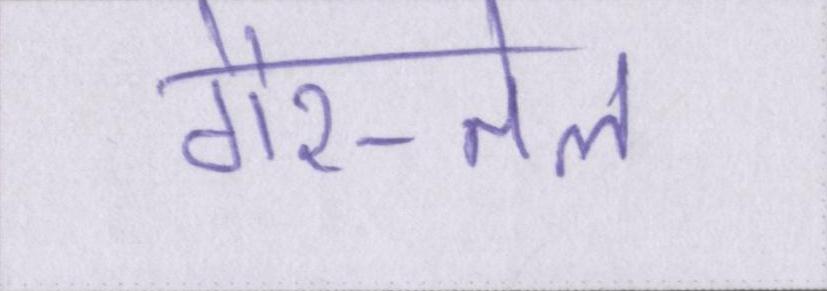
गैर-तेल